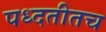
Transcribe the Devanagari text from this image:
पध्दतीतच